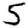
Digit: 5